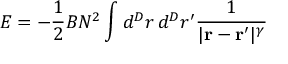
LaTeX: E = - { \frac { 1 } { 2 } } B N ^ { 2 } \int d ^ { D } r \, d ^ { D } r ^ { \prime } { \frac { 1 } { | { \bf r - r ^ { \prime } } | ^ { \gamma } } }